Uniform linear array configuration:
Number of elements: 32
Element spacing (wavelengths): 1
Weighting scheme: exponential
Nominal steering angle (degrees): -15
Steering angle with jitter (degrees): -15.535
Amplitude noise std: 0.05
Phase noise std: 0.05

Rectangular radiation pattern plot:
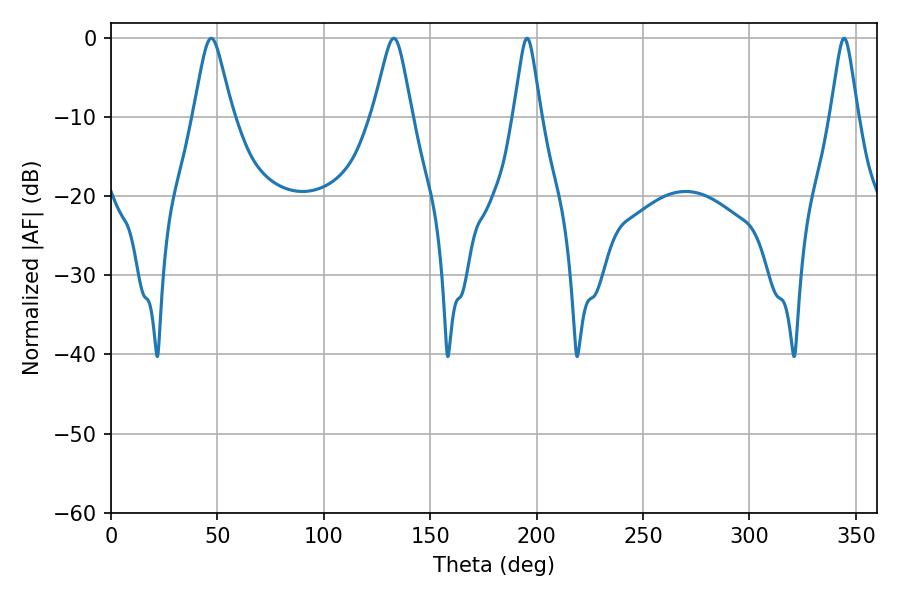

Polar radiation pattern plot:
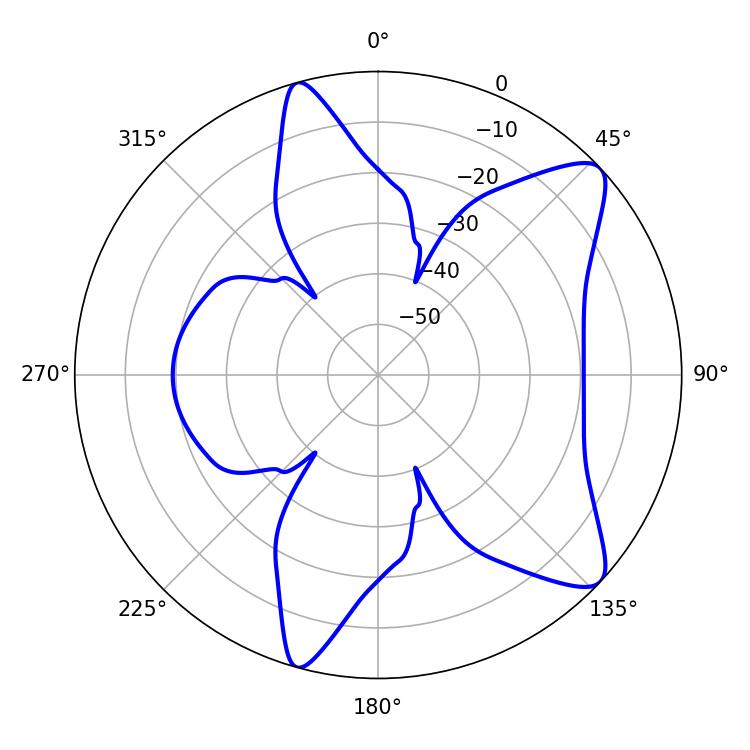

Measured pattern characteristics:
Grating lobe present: TRUE
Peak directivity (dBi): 9.803
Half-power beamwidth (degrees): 5.94
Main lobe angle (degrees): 195.48